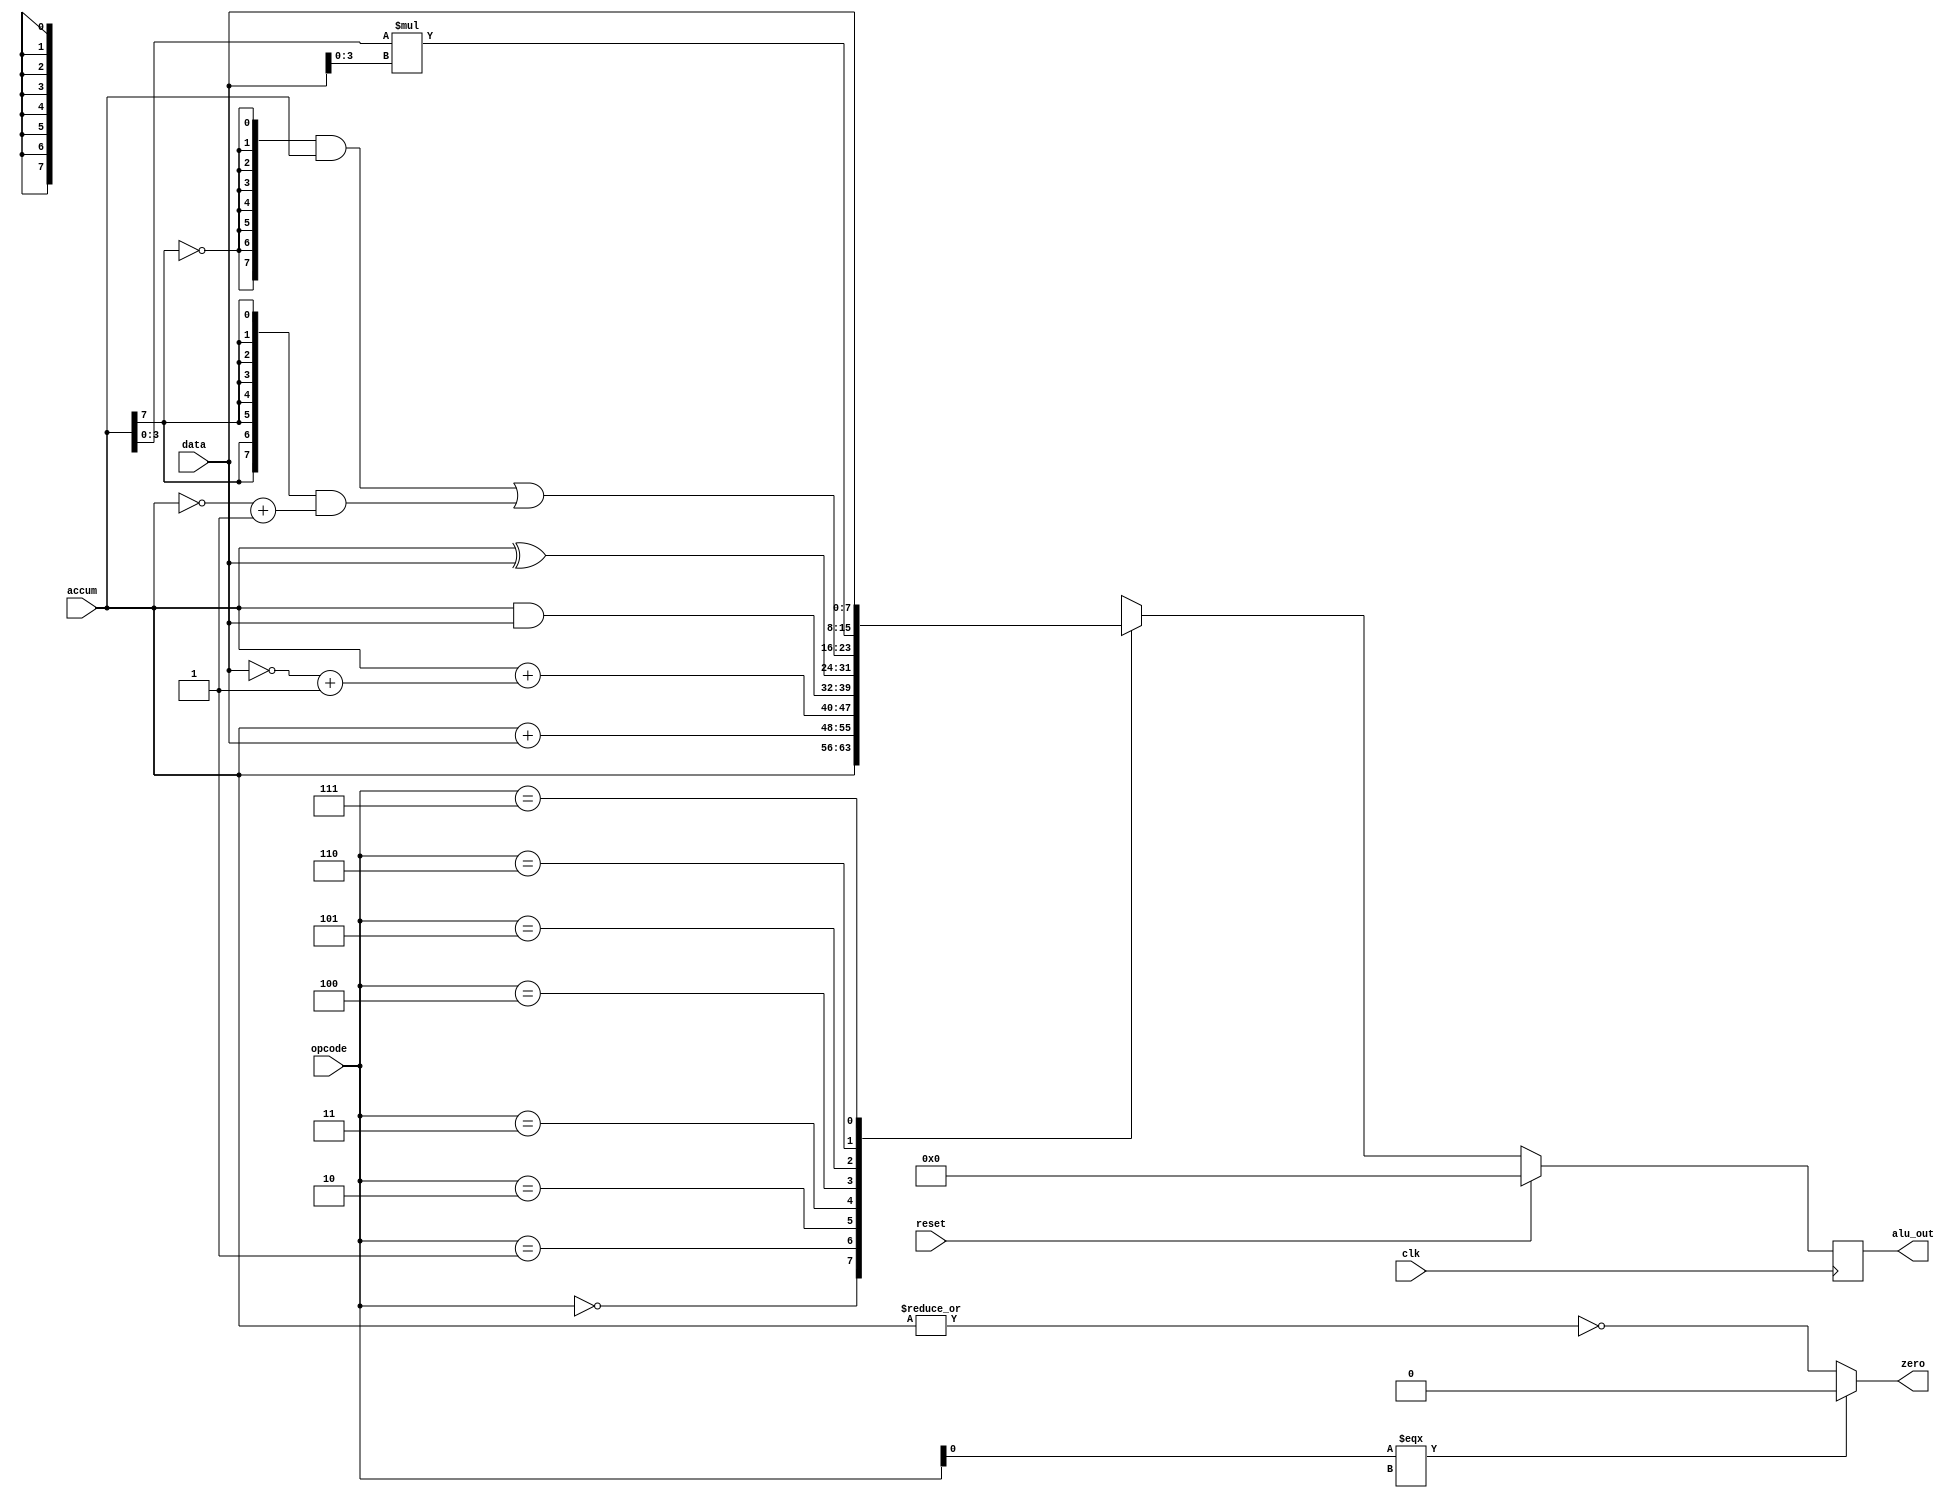
`timescale 1ns / 1ps
//////////////////////////////////////////////////////////////////////////////////
// Company: 
// Engineer: 
// 
// Design Name: 
// Module Name: alu
// Project Name: 
// Target Devices: 
// Tool Versions: 
// Description: 
// 
// Dependencies: 
// 
// Revision:
// Revision 0.01 - File Created
// Additional Comments:
// 
//////////////////////////////////////////////////////////////////////////////////


module alu(accum, data, opcode, clk, reset, alu_out, zero);
    input  wire [7:0] data, accum;
    input  wire [2:0] opcode;
    input  wire clk, reset;
    output wire [7:0] alu_out;
    output wire zero;
    
    reg  signed [7:0] out;
    wire signed [3:0] sa, sd;
    reg ze;
    assign alu_out = out;
    assign zero = ze;
    assign sa = accum[3:0];
    assign sd = data[3:0];

    //define mnemonics to represent opcodes
    `define PASSA 3'b000
    `define ADD   3'b001
    `define SUB   3'b010
    `define AND   3'b011
    `define XOR   3'b100
    `define ABS   3'b101
    `define MUL   3'b110
    `define PASSD 3'b111

    always @(posedge clk) begin
        if (reset)
            out <= 0;
        else casez (opcode)
            `PASSA : out <= accum;
            `ADD   : out <= accum + data;
            `SUB   : out <= accum + (~data + 1);
            `AND   : out <= accum & data;
            `XOR   : out <= accum ^ data;
            `ABS   : out <= {8{~accum[7]}} & accum | {8{accum[7]}} & (~accum + 1);
            `MUL   : out <= sa * sd;
          //  `MUL   : if (~accum[3] & ~data[3]) out <=     accum[3:0]               *   data[3:0];
          //      else if (~accum[3] &  data[3]) out <= ~(  accum[3:0]               * ((data[3:0]-1)&4'hf^4'hf)) + 1;
          //      else if ( accum[3] & ~data[3]) out <= ~(((accum[3:0]-1)&4'hf^4'hf) *   data[3:0]              ) + 1;
          //      else if ( accum[3] &  data[3]) out <=   ((accum[3:0]-1)&4'hf^4'hf) * ((data[3:0]-1)&4'hf^4'hf);
            `PASSD : out <= data;
            default: out <= 0;
        endcase
    end
    
    always @(accum) begin
        if (opcode[0] === 1'bx)
            ze <= 0;
        else
            ze <= ~|accum;
    end
endmodule